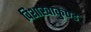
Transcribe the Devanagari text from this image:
विशाखाकुण्ड